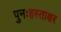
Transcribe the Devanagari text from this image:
पुनःहस्ताक्षर